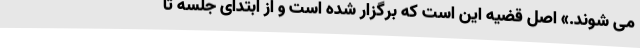
می شوند.» اصل قضیه این است که برگزار شده است و از ابتدای جلسه تا